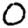
Digit: 0